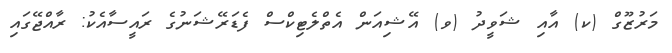
މަރުޒޫގް (ކ) އާއި ޝަވީދު (ވ) އޭޝިއަން އެތްލެޓިކްސް ފެޑަރޭޝަނުގެ ރައީސާއެކު: ރާއްޖޭގައި